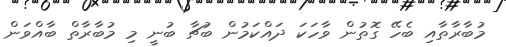
މުބާރާތާއި ބެހޭ ގޮތުން ވާހަކަ ދައްކަމުން ބުޗާ ބުނީ މި މުބާރާތް ބާއްވަން